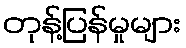
တုန့်ပြန်မှုများ